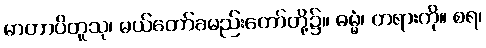
မာတာပိတူသု၊ မယ်တော်ခမည်းတော်တို့၌။ ဓမ္မံ၊ တရားကို။ စရ၊